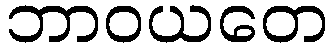
ဘာဝယတေ